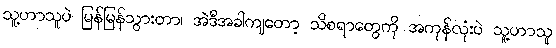
သူ့ဟာသူပဲ မြန်မြန်သွားတာ၊ အဲဒီအခါကျတော့ သိစရာတွေကို အကုန်လုံးပဲ သူ့ဟာသူ